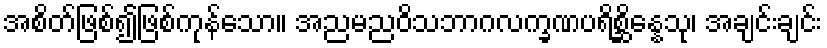
အစိတ်ဖြစ်၍ဖြစ်ကုန်သော။ အညမညဝိသဘာဂလက္ခဏပရိစ္ဆိန္နေသု၊ အချင်းချင်း